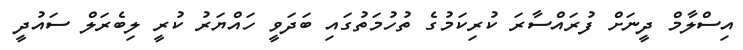
އިސްލާމް ދީނަށް ފުރައްސާރަ ކުރިކަމުގެ ތުހުމަތުގައި ބަދަވީ ހައްޔަރު ކުރީ ލިބެރަލް ސައުދީ